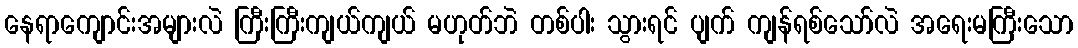
နေရာကျောင်းအများလဲ ကြီးကြီးကျယ်ကျယ် မဟုတ်ဘဲ တစ်ပါး သွားရင် ပျက် ကျန်ရစ်သော်လဲ အရေးမကြီးသော